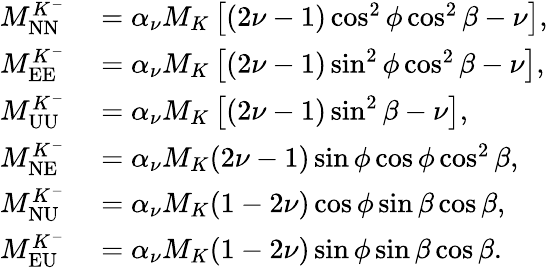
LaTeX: \begin{array}{rl}{M_{\mathrm{NN}}^{K^{-}}}&{{}=\alpha_{\nu}M_{K}\left[(2\nu-1)\cos^{2}\phi\cos^{2}\beta-\nu\right],}\\ {M_{\mathrm{EE}}^{K^{-}}}&{{}=\alpha_{\nu}M_{K}\left[(2\nu-1)\sin^{2}\phi\cos^{2}\beta-\nu\right],}\\ {M_{\mathrm{UU}}^{K^{-}}}&{{}=\alpha_{\nu}M_{K}\left[(2\nu-1)\sin^{2}\beta-\nu\right],}\\ {M_{\mathrm{NE}}^{K^{-}}}&{{}=\alpha_{\nu}M_{K}(2\nu-1)\sin\phi\cos\phi\cos^{2}\beta,}\\ {M_{\mathrm{NU}}^{K^{-}}}&{{}=\alpha_{\nu}M_{K}(1-2\nu)\cos\phi\sin\beta\cos\beta,}\\ {M_{\mathrm{EU}}^{K^{-}}}&{{}=\alpha_{\nu}M_{K}(1-2\nu)\sin\phi\sin\beta\cos\beta.}\end{array}